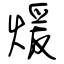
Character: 煖